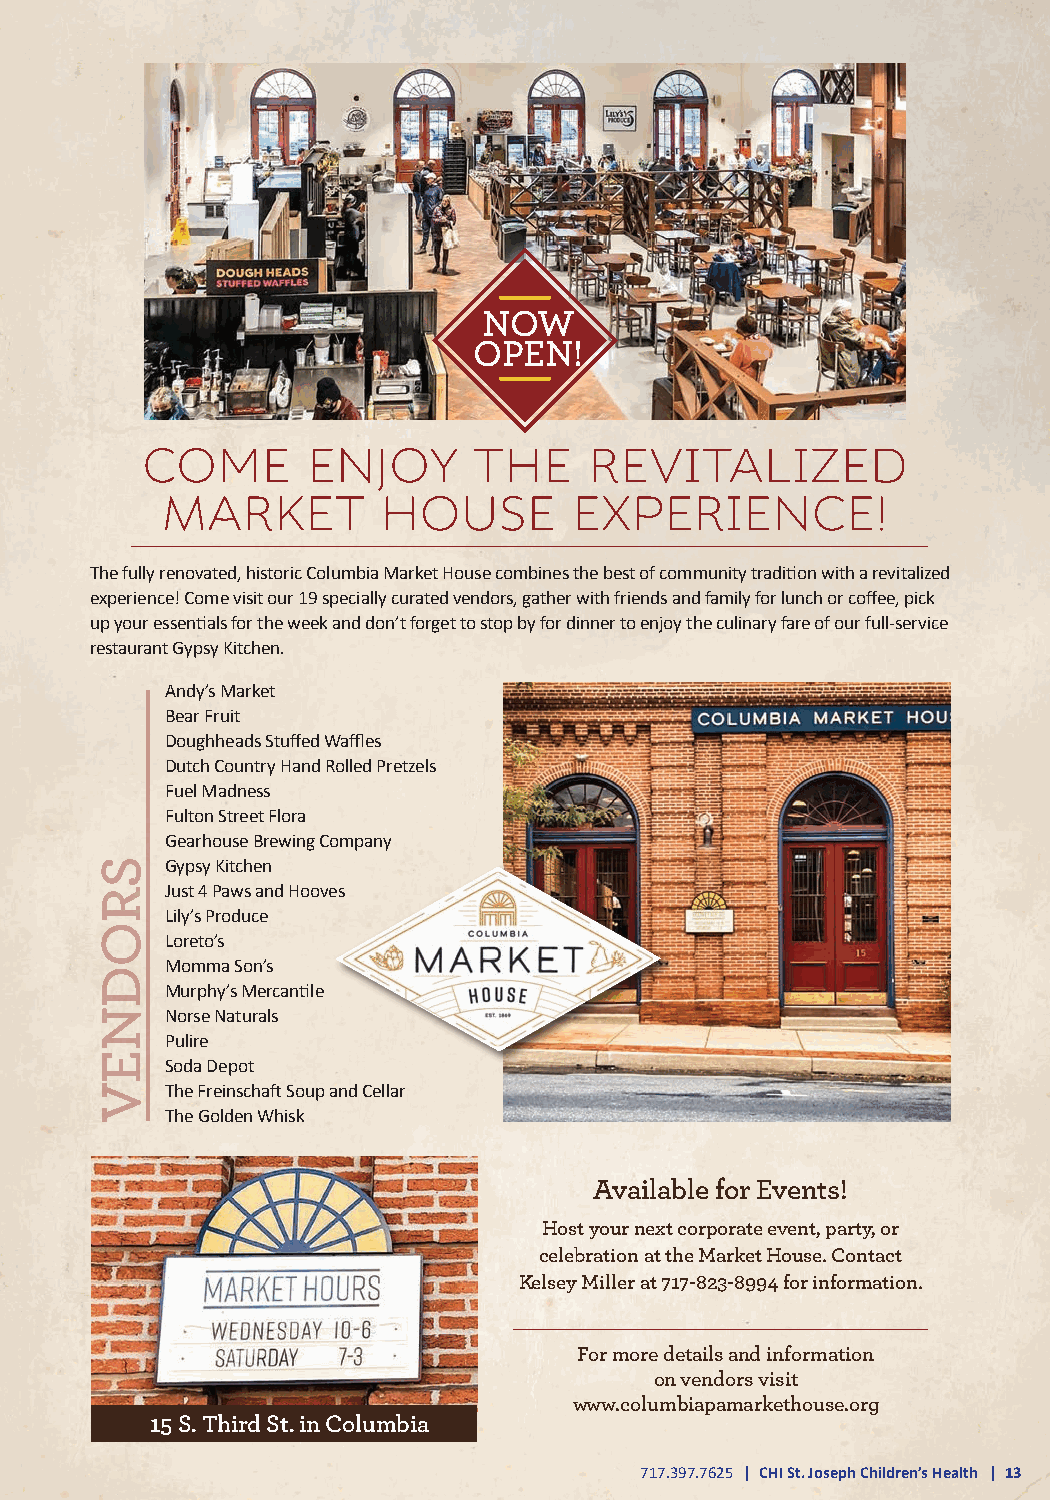
NOW
 OPEN!
 Come       enjoy      the     revitalized
 Market        House        Experience!
 The fully renovated, historic Columbia Market House combines the best of community tradition with a revitalized
 experience! Come visit our 19 specially curated vendors, gather with friends and family for lunch or coffee, pick
 up your essentials for the week and don’t forget to stop by for dinner to enjoy the culinary fare of our full-service
 restaurant Gypsy Kitchen.
 Andy’s Market
 Bear Fruit
 Doughheads Stuffed Waffles
 Dutch Country Hand Rolled Pretzels
 Fuel Madness
 Fulton Street Flora
 Gearhouse Brewing Company
 Gypsy Kitchen
 Just 4 Paws and Hooves
 Lily’s Produce
 Loreto’s
 Momma Son’s
 Murphy’s Mercantile
 Norse Naturals
 Pulire
 Soda Depot
 The Freinschaft Soup and Cellar
 The Golden Whisk
 Available f or Events!
 Host your next corporate event, party, or
 celebration at the Market House. Contact
 Kelsey Miller at 717-823-8994 for information.
 For more details and information
 on vendors visit
 www.columbiapamarkethouse.org
 15 S. Third St. in Columbia
 717.397.7625 | CHI St. Joseph Children’s Health | 13
 SRODNEV